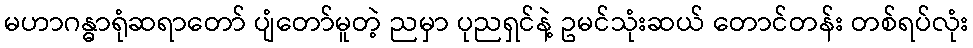
မဟာဂန္ဓာရုံဆရာတော် ပျံတော်မူတဲ့ ညမှာ ပုညရှင်နဲ့ ဥမင်သုံးဆယ် တောင်တန်း တစ်ရပ်လုံး